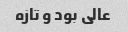
عالی بود و تازه